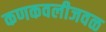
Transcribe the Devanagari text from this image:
कणकवलीजवळ